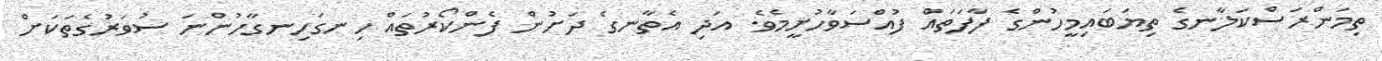
ތިމަންރަސްކަލާނގެ ތިޔަބައިމީހުންގެ ފާފަތައް ފުއްސަވާހުށީމެވެ. އަދި އެތާނގެ ދަށުން ފެންކޯރުތައް ހިނގަހިނގާހުންނަ ސުވަރުގެތަކަށް